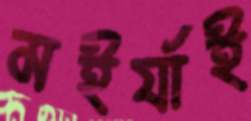
মইর্যাই